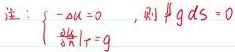
注：$\begin{cases} -\Delta u = 0 \\ \left.\frac{\partial u}{\partial n}\right|_{\Gamma} = g \end{cases}$，则$\iint_{\Gamma} g dS = 0$